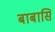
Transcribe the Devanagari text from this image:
बाबासि